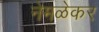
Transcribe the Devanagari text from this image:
नेमळेकर